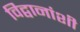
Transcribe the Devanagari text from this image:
विद्वानांशी